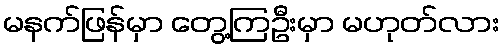
မနက်ဖြန်မှာ တွေ့ကြဦးမှာ မဟုတ်လား